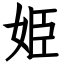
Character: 姫